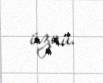
üzvü.